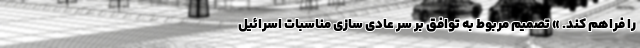
را فراهم کند. » تصمیم مربوط به توافق بر سر عادی سازی مناسبات اسرائیل